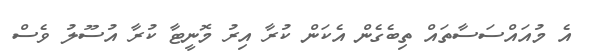
އެ މުއައްސަސާތައް ތިބެގެން އެކަން ކުރާ އިރު މޮނީޓާ ކުރާ އުސޫލު ވެސް